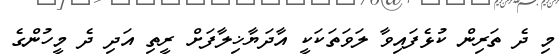
މި ދެ ތަރިން ކުޅެފައިވާ ލަވަތަކަކީ އާދަޔާޚިލާފަށް ރީތި އަދި ދެ މީހުންގެ